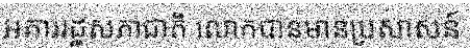
អគាររដ្ឋសភាជាតិ លោកបានមានប្រសាសន៍